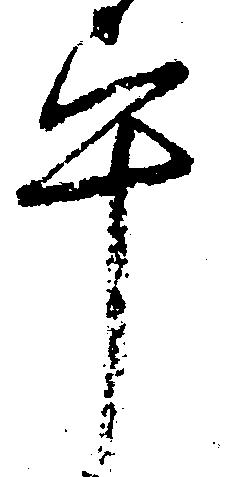
畢